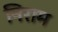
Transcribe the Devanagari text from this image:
निराम